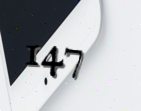
147